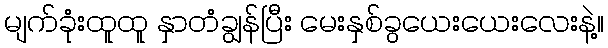
မျက်ခုံးထူထူ နှာတံချွန်ပြီး မေးနှစ်ခွယေးယေးလေးနဲ့။